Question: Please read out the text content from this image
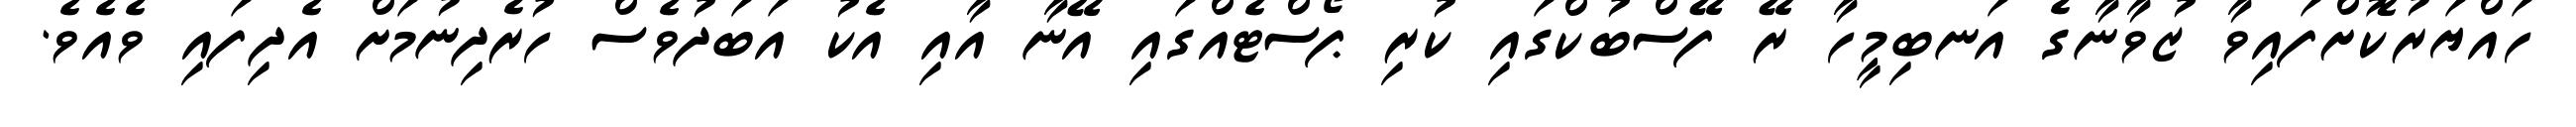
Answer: ހައްޔަރުކޮށްފައިވާ ޒުވާނާގެ އަނބިމީހާ ރޭ ފޭސްބުކްގައި ކުރި ޕޯސްޓެއްގައި އޭނާ އާއި އެކު އަބަދުވެސް ހުރެދިނުމަށް އެދިފައި ވެއެވެ.